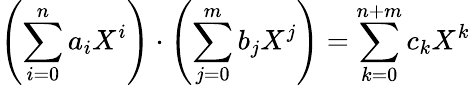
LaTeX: \left(\sum_{i=0}^{n}a_{i}X^{i}\right)\cdot\left(\sum_{j=0}^{m}b_{j}X^{j}\right)=\sum_{k=0}^{n+m}c_{k}X^{k}